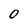
Character: 0